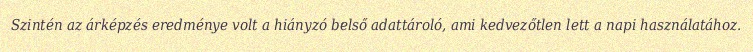
Szintén az árképzés eredménye volt a hiányzó belső adattároló, ami kedvezőtlen lett a napi használatához.